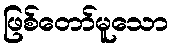
ဖြစ်တော်မူသော